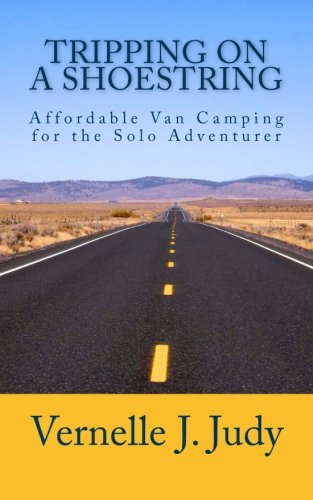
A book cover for Tripping on a Shoestring: Affordable Van Camping for the Solo Adventurer; Vernelle J. Judy; Travel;